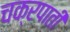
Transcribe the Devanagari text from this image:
चक्रपाती